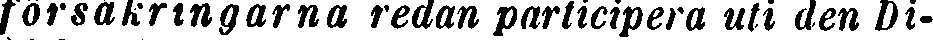
försäkringarna redan participera uti den Di-